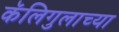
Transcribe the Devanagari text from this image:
कॅलिगुलाच्या